Medical and sanitary report on the native army of Bombay for the year
Year: 1879
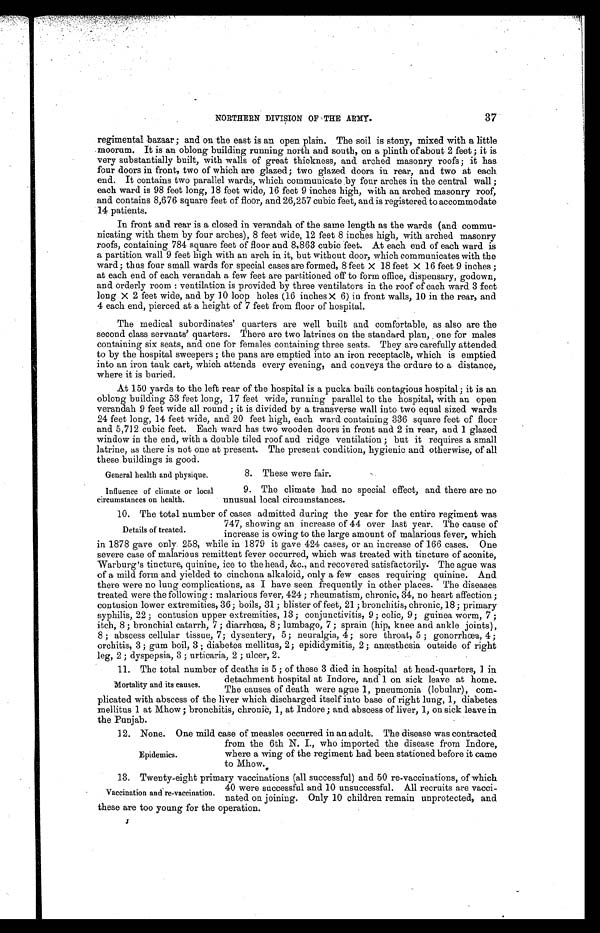
NORTHERN DIVISION OF THE ARMY.
37
regimental bazaar; and on the east is an open plain. The soil is stony, mixed with a little
moorum. It is an oblong building running north and south, on a plinth of about 2 feet; it is
very substantially built, with walls of great thickness, and arched masonry roofs; it has
four doors in front, two of which are glazed; two glazed doors in rear, and two at each
end. It contains two parallel wards, which communicate by four arches in the central wall;
each ward is 98 feet long, 18 feet wide, 16 feet 9 inches high, with an arched masonry roof,
and contains 8,676 square feet of floor, and 26,257 cubic feet, and is registered to accommodate
14 patients.
In front and rear is a closed in verandah of the same length as the wards (and commu-
nicating with them by four arches), 8 feet wide, 12 feet 8 inches high, with arched masonry
roofs, containing 784 square feet of floor and 8,863 cubic feet. At each end of each ward is
a partition wall 9 feet high with an arch in it, but without door, which communicates with the
ward; thus four small wards for special cases are formed, 8 feet X 18 feet X 16 feet 9 inches;
at each end of each verandah a few feet are partitioned off to form office, dispensary, godown,
and orderly room: ventilation is provided by three ventilators in the roof of each ward 3 feet
long X 2 feet wide, and by 10 loop holes (16 inches X 6) in front walls, 10 in the rear, and
4 each end, pierced at a height of 7 feet from floor of hospital.
The medical subordinates' quarters are well built and comfortable, as also are the
second class servants' quarters. There are two latrines on the standard plan, one for males
containing six seats, and one for females containing three seats. They are carefully attended
to by the hospital sweepers; the pans are emptied into an iron receptacle, which is emptied
into an iron tank cart, which attends every evening, and conveys the ordure to a distance,
where it is buried.
At 150 yards to the left rear of the hospital is a pucka built contagious hospital; it is an
oblong building 53 feet long, 17 feet wide, running parallel to the hospital, with an open
verandah 9 feet wide all round; it is divided by a transverse wall into two equal sized wards
24 feet long, 14 feet wide, and 20 feet high, each ward containing 336 square feet of floor
and 5,712 cubic feet. Each ward has two wooden doors in front and 2 in rear, and 1 glazed
window in the end, with a double tiled roof and ridge ventilation; but it requires a small
latrine, as there is not one at present. The present condition, hygienic and otherwise, of all
these buildings is good.
8. These were fair.
9. The climate had no special effect, and there are no
unusual local circumstances.
10. The total number of cases admitted during the year for the entire regiment was
747, showing an increase of 44 over last year. The cause of
increase is owing to the large amount of malarious fever, which
in 1878 gave only 258, while in 1879 it gave 424 cases, or an increase of 166 cases. One
severe case of malarious remittent fever occurred, which was treated with tincture of aconite,
Warburg's tincture, quinine, ice to the head, &c., and recovered satisfactorily. The ague was
of a mild form and yielded to cinchona alkaloid, only a few cases requiring quinine. And
there were no lung complications, as I have seen frequently in other places. The diseases
treated were the following: malarious fever, 424; rheumatism, chronic, 34, no heart affection;
contusion lower extremities, 36; boils, 31; blister of feet, 21; bronchitis, chronic, 18; primary
syphilis, 22; contusion upper extremities, 13; conjunctivitis, 9; colic, 9; guinea worm, 7;
itch, 8; bronchial catarrh, 7; diarrhœa, 8; lumbago, 7; sprain (hip, knee and ankle joints),
8; abscess cellular tissue, 7; dysentery, 5; neuralgia, 4; sore throat, 5; gonorrhœa, 4;
orchitis, 3; gum boil, 3; diabetes mellitus, 2; epididymitis, 2; anæsthesia outside of right
leg, 2; dyspepsia, 3; urticaria, 2; ulcer, 2.
11. The total number of deaths is 5; of these 3 died in hospital at head-quarters, 1 in
detachment hospital at Indore, and 1 on sick leave at home.
The causes of death were ague 1, pneumonia (lobular), com-
plicated with abscess of the liver which discharged itself into base of right lung, 1, diabetes
mellitus 1 at Mhow; bronchitis, chronic, 1, at Indore; and abscess of liver, 1, on sick leave in
the Punjab.
12. None. One mild case of measles occurred in an adult. The disease was contracted
from the 6th N. I., who imported the disease from Indore,
where a wing of the regiment had been stationed before it came
to Mhow.
13. Twenty-eight primary vaccinations (all successful) and 50 re-vaccinations, of which
40 were successful and 10 unsuccessful. All recruits are vacci-
nated on joining. Only 10 children remain unprotected, and
these are too young for the operation.
J
General health and physique.
Influence of climate or local
circumstances on health.
Details of treated.
Mortality and its causes.
Epidemics.
Vaccination and re-vaccination.